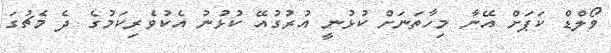
ވޯލްޑް ކަޕަށް އޭނާ މިހާތަނަށް ކުޅުނީ އުރުގުއޭ ކުޅުނު އެކުވެރިކަމުގެ ދެ މެޗުގަ